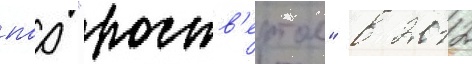
пао "роств'ертол" в 2012